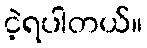
ငဲ့ရပါတယ်။